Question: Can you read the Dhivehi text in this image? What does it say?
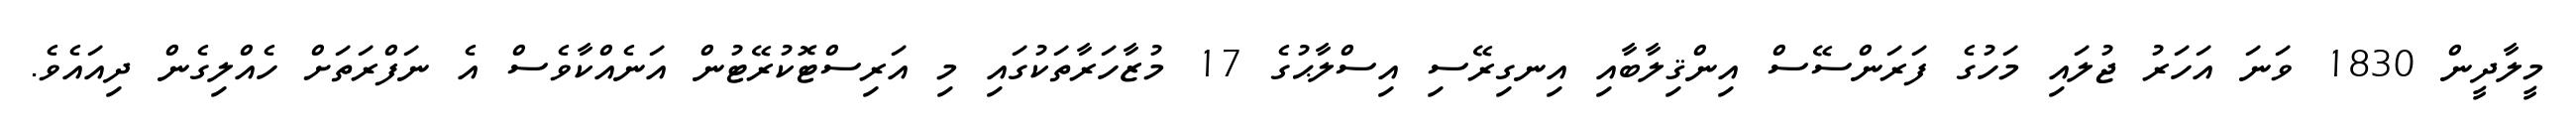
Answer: މީލާދީން 1830 ވަނަ އަހަރު ޖުލައި މަހުގެ ފަރަންސޭސް އިންޤިލާބާއި އިނގިރޭސި އިސްލާޙުގެ 17 މުޒާހަރާތަކުގައި މި އަރިސްޓޮކުރޭޓުން އަނެއްކާވެސް އެ ނަފްރަތަށް ހެއްލިގެން ދިއައެވެ.